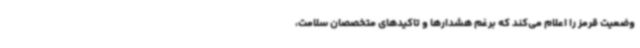
وضعیت قرمز را اعلام می‌کند که برغم هشدارها و تاکیدهای متخصصان سلامت،